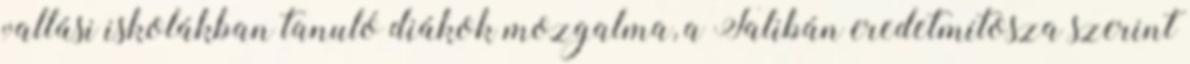
vallási iskolákban tanuló diákok mozgalma, a Talibán eredetmítosza szerint